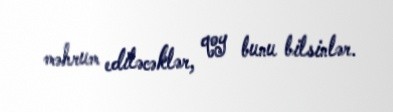
məhrum ediləcəklər, qoy bunu bilsinlər.